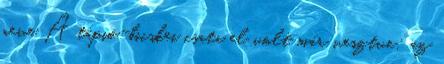
neve A tápió-bicskei csata el volt már vesztve; az